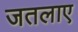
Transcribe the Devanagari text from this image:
जतलाए